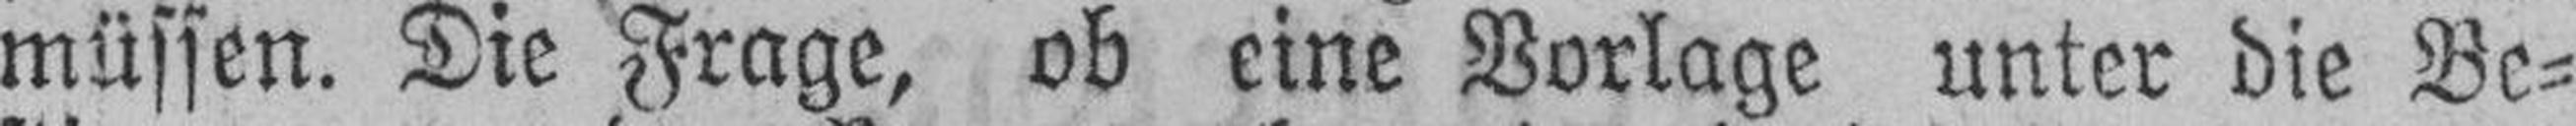
müssen. Die Frage, ob eine Vorlage unter die Be¬